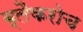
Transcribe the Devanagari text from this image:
ब्लैकरोच